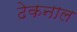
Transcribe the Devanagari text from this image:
ढेकनाल